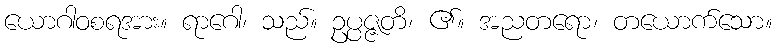
ယောဂါဝစရအား။ ရာဂေါ၊ သည်။ ဥပ္ပဇ္ဇတိ၊ ၏။ အညတရော၊ တယောက်သော။